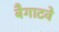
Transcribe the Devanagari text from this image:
बैगाटवे